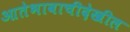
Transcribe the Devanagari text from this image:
आतेभावाचीदेखील